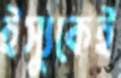
ইস্যুকেই